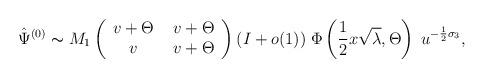
LaTeX: \begin{align*} \hat{\Psi}^{(0)}\thicksim M_1\left(\begin{array}{cc}v+\Theta &~v+\Theta\\v &~v+\Theta\end{array}\right)(I+o(1))\; \Phi\left (\frac{1}{2}x\sqrt{\lambda},\Theta\right )\; u^{-\frac{1}{2}\sigma_3},\end{align*}